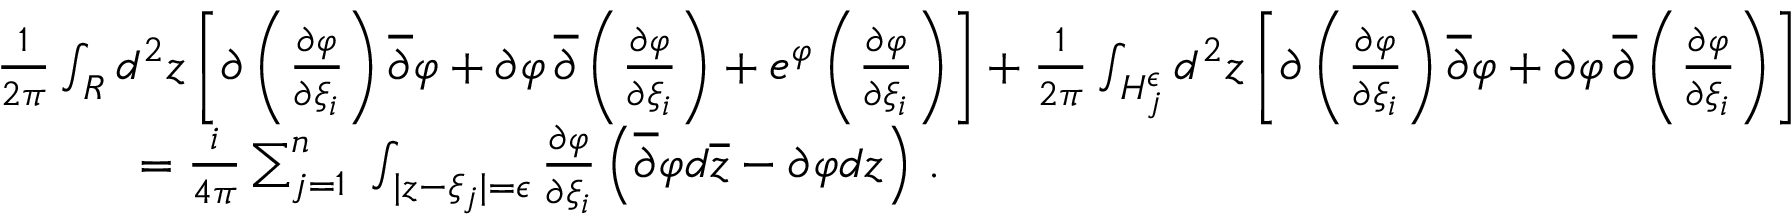
\begin{array} { r l } & { { \frac { 1 } { 2 \pi } } \int _ { R } d ^ { 2 } z \left[ \partial \left( { \frac { \partial \varphi } { \partial \xi _ { i } } } \right) \overline { { \partial } } \varphi + \partial \varphi \, \overline { { \partial } } \left( { \frac { \partial \varphi } { \partial \xi _ { i } } } \right) + e ^ { \varphi } \left( { \frac { \partial \varphi } { \partial \xi _ { i } } } \right) \right] + { \frac { 1 } { 2 \pi } } \int _ { H _ { j } ^ { \epsilon } } d ^ { 2 } z \left[ \partial \left( { \frac { \partial \varphi } { \partial \xi _ { i } } } \right) \overline { { \partial } } \varphi + \partial \varphi \, \overline { { \partial } } \left( { \frac { \partial \varphi } { \partial \xi _ { i } } } \right) \right] } \\ & { \quad \quad \quad = { \frac { i } { 4 \pi } } \sum _ { j = 1 } ^ { n } \; \int _ { | z - \xi _ { j } | = \epsilon } { \frac { \partial \varphi } { \partial \xi _ { i } } } \left( \overline { { \partial } } \varphi d \overline { { z } } - \partial \varphi d z \right) \, . } \end{array}